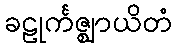
ခဠုင်္ကဇ္ဈာယိတံ